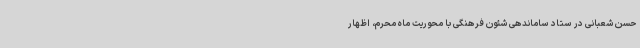
حسن شعبانی در ستاد ساماندهی شئون فرهنگی با محوریت ماه محرم، اظهار